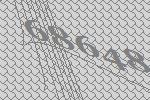
68648